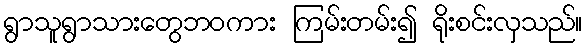
ရွာသူရွာသားတွေဘဝကား ကြမ်းတမ်း၍ ရိုးစင်းလှသည်။